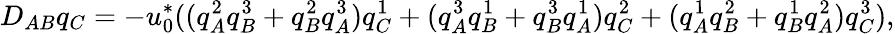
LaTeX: D_{AB}q_{C}=-u_{0}^{*}((q_{A}^{2}q_{B}^{3}+q_{B}^{2}q_{A}^{3})q_{C}^{1}+(q_{A}^{3}q_{B}^{1}+q_{B}^{3}q_{A}^{1})q_{C}^{2}+(q_{A}^{1}q_{B}^{2}+q_{B}^{1}q_{A}^{2})q_{C}^{3}),